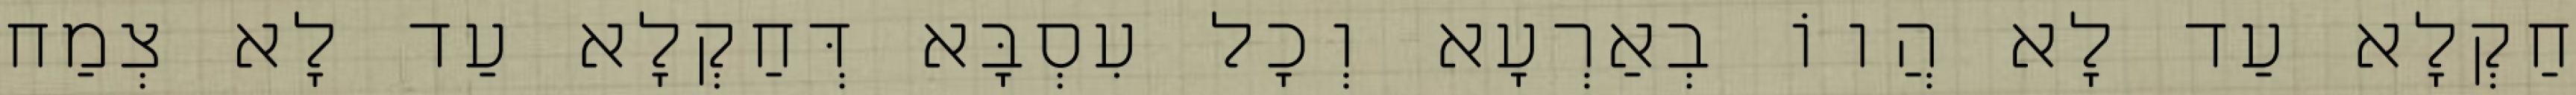
חַקְלָא עַד לָא הֲווֹ בְאַרְעָא וְכָל עִסְבָּא דְּחַקְלָא עַד לָא צְמַח